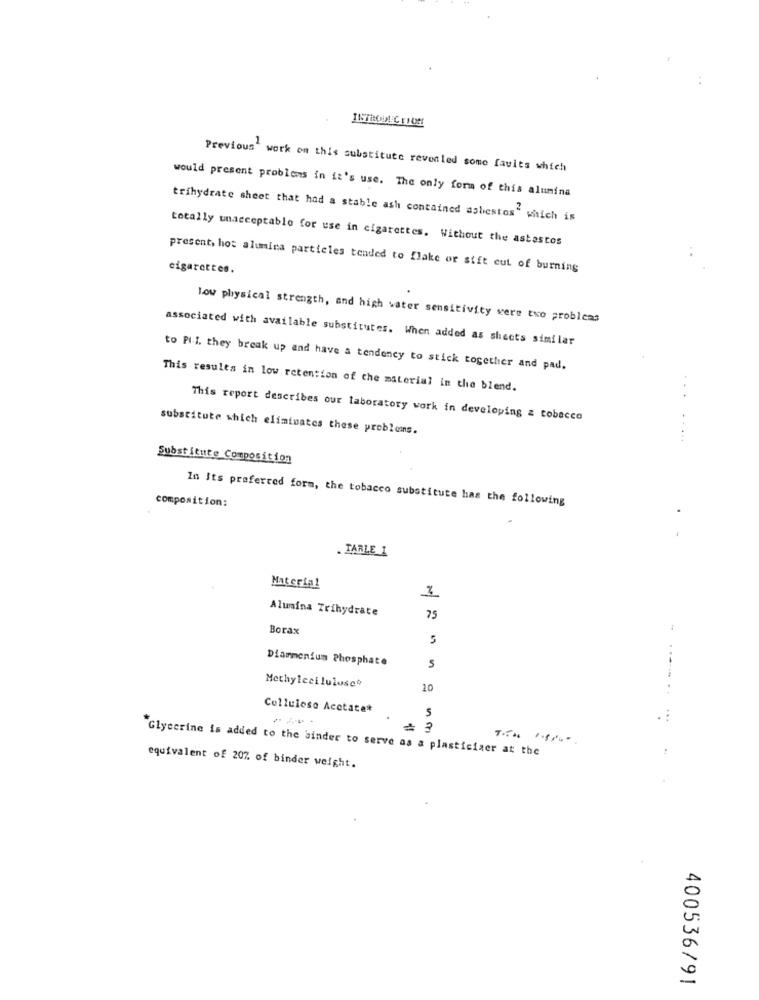
Previous' work on this substitute revenled some favits which
would present problems in it's use. The only form of this alumina
trihydrate sheet that had a stable ash contained asbestos" which is
totally unacceptable for use in cigarettes. Without the astestos
cigarettes.
present, hot alumina particles tended to flake or sift eut of burning
low physical strength, and high water sensitivity were two problems
associated with available substitutes. When added as sheets similar
to PI.I. they break up and have a tendency to stick together and pad.
This results in low retention of the material in the blend.
This report describes our laboratory work in developing z tobacco
substitute which eliminates these problems.
Subst itute Composicion
composition:
In Its preferred form, the tobacco substitute has the following
. TARLE I
Material
M
Alumina Trihydrate
75
Borax
5
Diarmenium Phosphate
5
Methylcellulose
10
Cellulose Acetate*
5
"Glycerine is added to the binder to serve as a plasticiaer at the
equivalent of 20% of binder weight.
400536/91